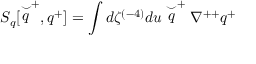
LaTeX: S _ { q } [ \stackrel { \smile } { q } ^ { + } , q ^ { + } ] = \int d \zeta ^ { ( - 4 ) } d u \stackrel { \smile } { q } ^ { + } \nabla ^ { + + } q ^ { + }